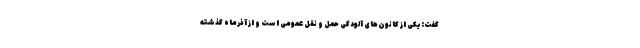
گفت:یکی از کانون‌های آلودگی حمل و نقل عمومی است و از آذرماه گذشته